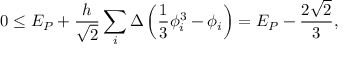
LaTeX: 0 \leq E _ { P } + \frac { h } { \sqrt { 2 } } \sum _ { i } \Delta \left( \frac { 1 } { 3 } \phi _ { i } ^ { 3 } - \phi _ { i } \right) = E _ { P } - \frac { 2 \sqrt { 2 } } { 3 } ,